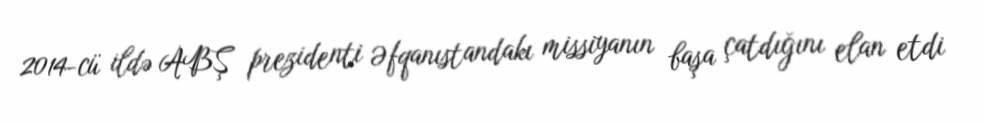
2014-cü ildə ABŞ prezidenti Əfqanıstandakı missiyanın başa çatdığını elan etdi